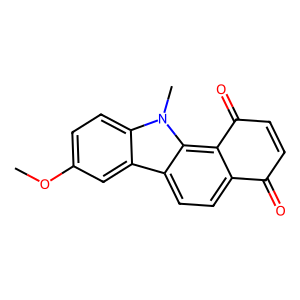
SMILES: COc1ccc2c(c1)c1ccc3c(c1n2C)C(=O)C=CC3=O
Inhibits HIV replication: No